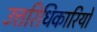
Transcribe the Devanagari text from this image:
उत्तरिधिकारियों